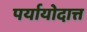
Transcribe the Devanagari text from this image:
पर्यायोदात्त